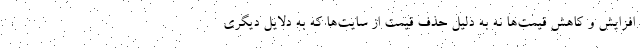
افزایش و کاهش قیمت‌ها نه به دلیل حذف قیمت از سایت‌ها که به دلایل دیگری